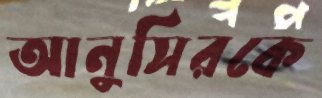
আনুসিরকে